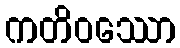
ကတိဝဿော